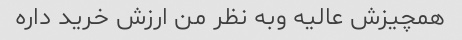
همچیزش عالیه وبه نظر من ارزش خرید داره